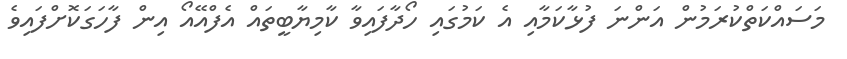
މަސައްކަތްކުރަމުން އަންނަ ފުޅާކަމާއި އެ ކަމުގައި ހޯދާފައިވާ ކާމިޔާބީތައް އެފްއޭއޯ އިން ފާހަގަކޮށްފައިވެ